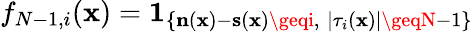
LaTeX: f_{N-1,i}(\mathbf{x})=\mathbf{{1}}_{\left\{ \mathbf{{n}}(\mathbf{x})-\mathbf{{s}}(\mathbf{x})\geqi,\; |\tau_{i}(\mathbf{x})|\geqN-1\right\} }